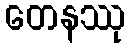
တေနဿု